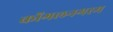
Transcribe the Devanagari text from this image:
कोंगलनगरम